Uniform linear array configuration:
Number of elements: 8
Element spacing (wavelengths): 0.25
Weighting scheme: hamming
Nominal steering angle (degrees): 30
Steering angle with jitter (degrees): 30.447
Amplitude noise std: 0.05
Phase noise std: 0.05

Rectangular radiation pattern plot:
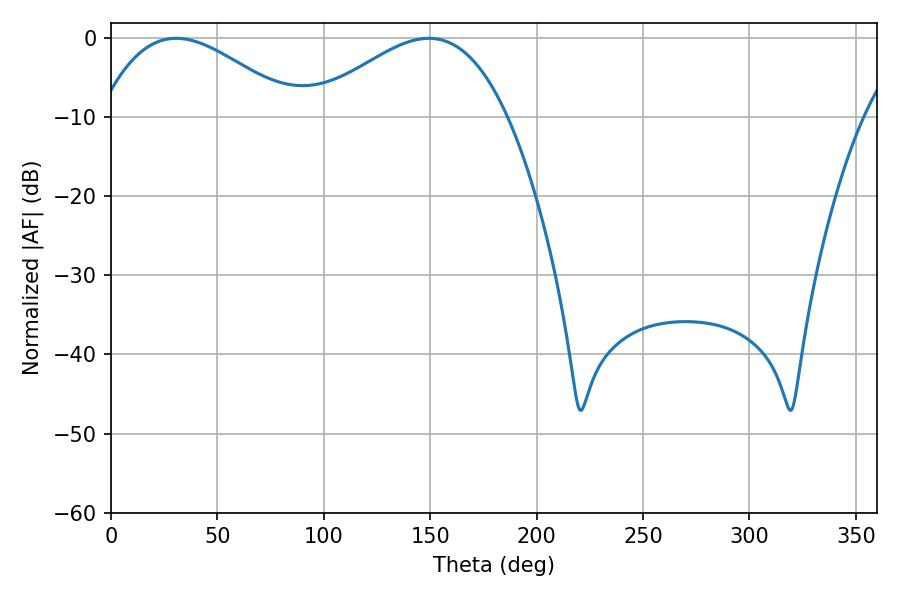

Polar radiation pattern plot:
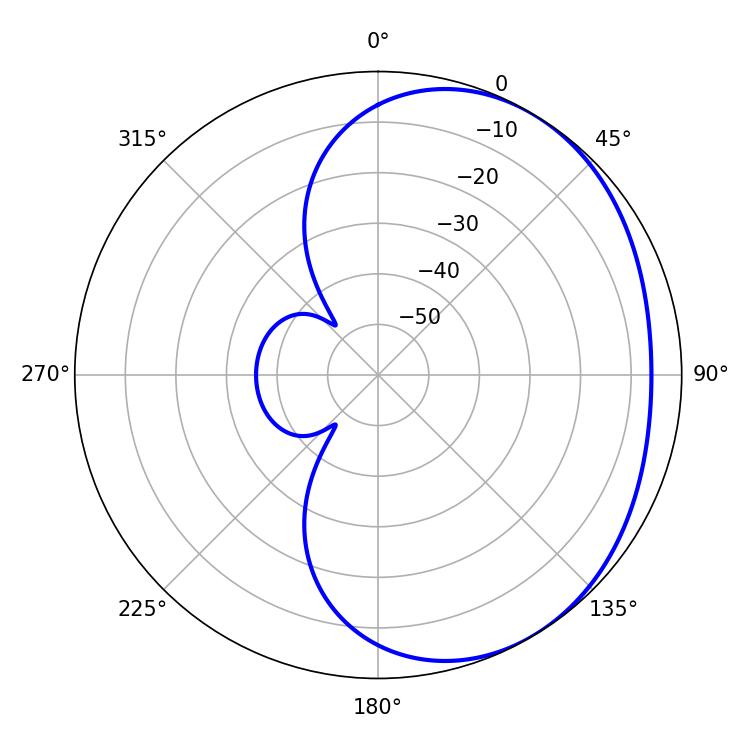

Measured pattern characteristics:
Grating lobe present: FALSE
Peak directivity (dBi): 2.623
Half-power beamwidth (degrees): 49.86
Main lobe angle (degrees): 30.6